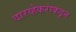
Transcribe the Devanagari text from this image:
दारव्हेकरांकडून